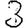
Digit: 3